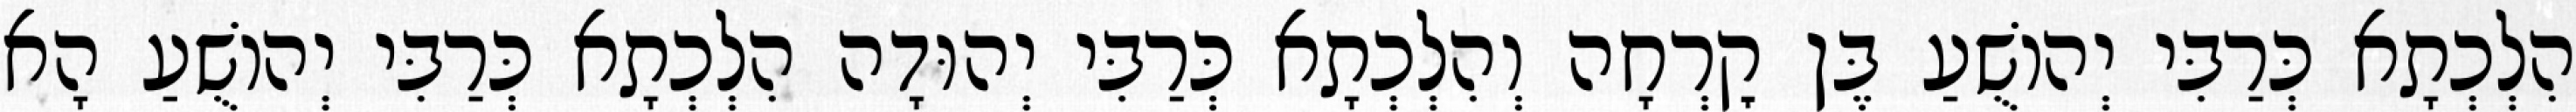
הִלְכְתָא כְּרַבִּי יְהוֹשֻׁעַ בֶּן קׇרְחָה וְהִלְכְתָא כְּרַבִּי יְהוּדָה הִלְכְתָא כְּרַבִּי יְהוֹשֻׁעַ הָא